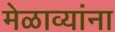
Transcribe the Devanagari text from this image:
मेळाव्यांना